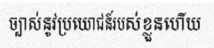
ច្បាស់នូវប្រយោជន៍របស់ខ្លួនហើយ